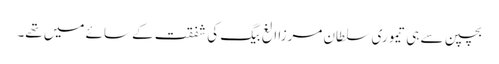
بچپن سے ہی تیموری سلطان مرزا الغ بیگ کی شفقت کے سائے میں تھے۔